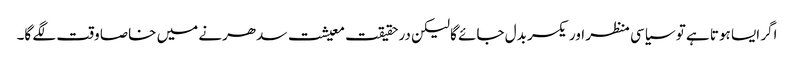
اگر ایسا ہوتا ہے تو سیاسی منظر اور یکسر بدل جائے گا لیکن درحقیقت معیشت سدھرنے میں خاصا وقت لگے گا۔